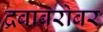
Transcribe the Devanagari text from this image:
द्रवाबरोबर